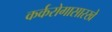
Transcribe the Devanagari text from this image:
कर्करोगासारखे